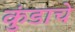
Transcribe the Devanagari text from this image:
कुंडाचे